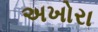
અખોરા